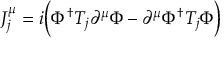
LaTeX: J _ { j } ^ { \mu } = i \Big ( \Phi ^ { \dagger } T _ { j } \partial ^ { \mu } \Phi - \partial ^ { \mu } \Phi ^ { \dagger } T _ { j } \Phi \Big )